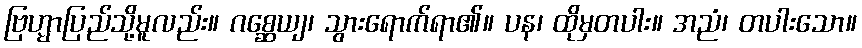
ဗြဟ္မာပြည်သို့မူလည်း။ ဂစ္ဆေယျ၊ သွားရောက်ရာ၏။ ပန၊ ထိုမှတပါး။ အညံ၊ တပါးသော။